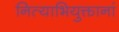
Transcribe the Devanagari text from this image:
नित्याभियुक्तानां